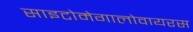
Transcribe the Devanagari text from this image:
साइटोमेगालोवायरस